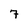
Character: 7